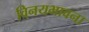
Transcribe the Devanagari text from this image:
विनयभावना